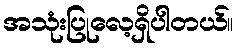
အသုံးပြုလေ့ရှိပါတယ်။